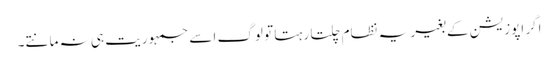
اگر اپوزیشن کے بغیر یہ نظام چلتا رہتا تو لوگ اسے جمہوریت ہی نہ مانتے۔